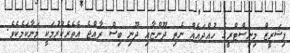
ފިޝަރީޒް މިނިސްޓްރީގެ ހުއްދައެއް ނެތި ދޫންޏާއި ދޫނި ބިސް ރާއްޖެ އެތެރެކުރުމަކީ މަނާކަމެކެވެ.